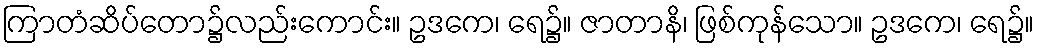
ကြာတံဆိပ်တော၌လည်းကောင်း။ ဥဒကေ၊ ရေ၌။ ဇာတာနိ၊ ဖြစ်ကုန်သော။ ဥဒကေ၊ ရေ၌။